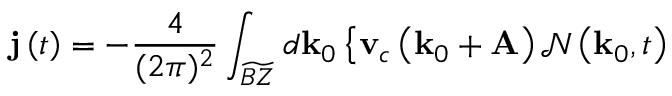
\mathbf { j } \left( t \right) = - \frac { 4 } { ( 2 \pi ) ^ { 2 } } \int _ { \widetilde { B Z } } d \mathbf { k } _ { 0 } \left\{ \mathbf { v } _ { c } \left( \mathbf { k } _ { 0 } + \mathbf { A } \right) \mathcal { N } \left( \mathbf { k } _ { 0 } , t \right) \right.